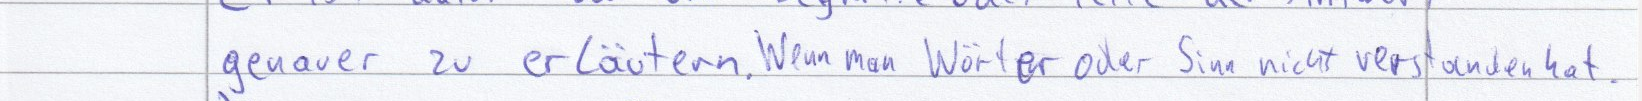
genauer zu erläutern. Wenn man Wörter oder Sinn nicht verstanden hat.